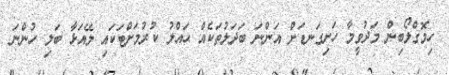
ހިމޮގްލޯބިން މަދުވީމާ ހަށިގަނޑަށް އަންނަ ބަދަލުތަކެއް ޙައްލު ކުރުމަށްޓަކައި ލޭއަޅާ ބަލި ހުންނަ